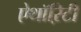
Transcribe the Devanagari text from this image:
ऐथॉऱिटी